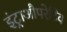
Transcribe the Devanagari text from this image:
इंट्राऔपरेटिव